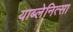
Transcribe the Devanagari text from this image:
याब्लेनित्सा